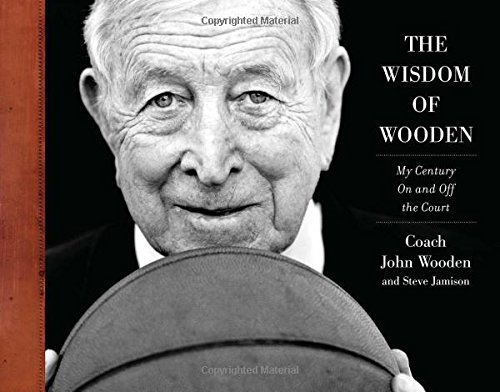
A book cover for The Wisdom of Wooden:  My Century On and Off the Court; John Wooden; Biographies & Memoirs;